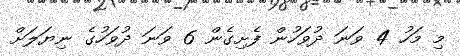
މި މަހު 4 ވަނަ ދުވަހުން ފެށިގެން 6 ވަނަ ދުވަހުގެ ނިޔަލަށް